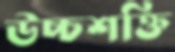
উচ্চশক্তি